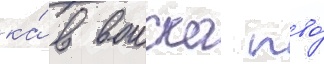
ка́ в воиска пво́